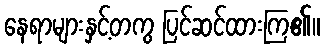
နေရာများနှင့်တကွ ပြင်ဆင်ထားကြ၏။